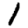
Digit: 1